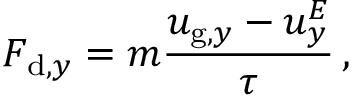
F _ { \mathrm { d } , y } = m \frac { u _ { \mathrm { g } , y } - u _ { y } ^ { E } } { \tau } \, ,